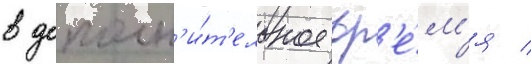
в дополн'и́т'ельное вр'е́м'я /